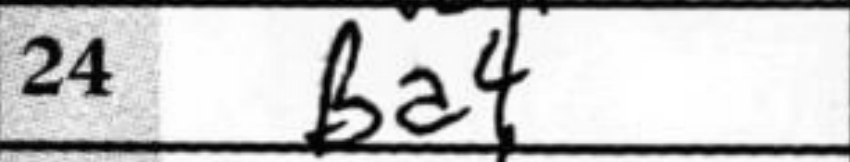
Transcription: Ba4